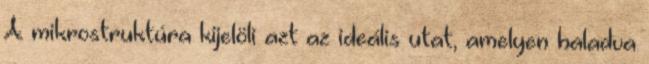
A mikrostruktúra kijelöli azt az ideális utat, amelyen haladva